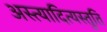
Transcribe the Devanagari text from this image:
अस्त्यादित्यस्तुति